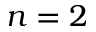
{ n = 2 }